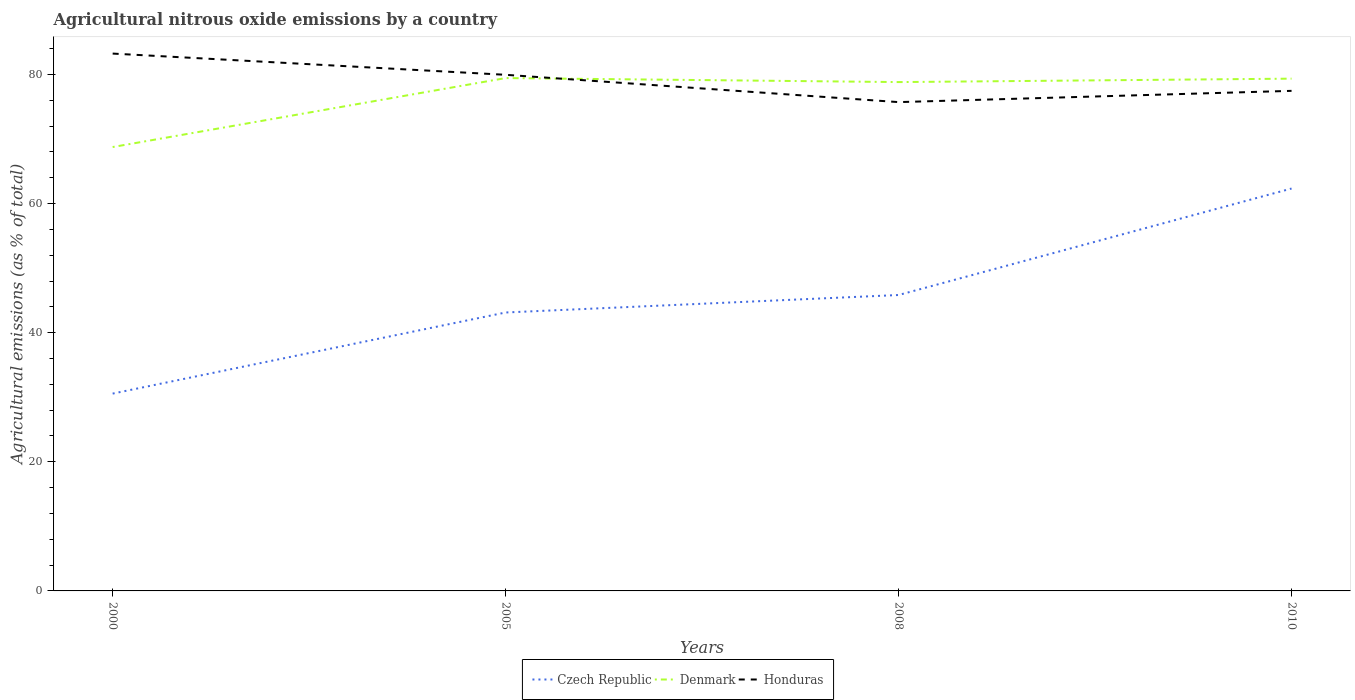
| Years | Czech Republic | Denmark | Honduras |
 | --- | --- | --- | --- |
 | 2000 | 30.6 | 68.8 | 83.2 |
 | 2005 | 43.1 | 79.4 | 79.9 |
 | 2008 | 45.8 | 78.8 | 75.7 |
 | 2010 | 62.3 | 79.4 | 77.5 |